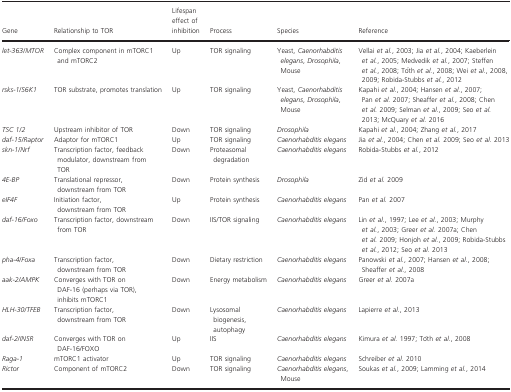
<table><thead><tr><td><b>Gene</b></td><td><b>Relationship to TOR</b></td><td><b>Lifespan effect of inhibition</b></td><td><b>Process</b></td><td><b>Species</b></td><td><b>Reference</b></td></tr></thead><tbody><tr><td><i>let‐363</i>/<i>MTOR</i></td><td>Complex component in mTORC1 and mTORC2</td><td>Up</td><td>TOR signaling</td><td>Yeast, <i>Caenorhabditis elegans</i>,<i> Drosophila</i>, Mouse</td><td>Vellai <i>et al</i>., 2003; Jia <i>et al</i>., 2004; Kaeberlein <i>et al</i>., 2005; Medvedik <i>et al</i>., 2007; Steffen <i>et al</i>., 2008; Tóth <i>et al</i>., 2008; Wei <i>et al</i>., 2008, 2009; Robida‐Stubbs <i>et al</i>., 2012</td></tr><tr><td><i>rsks‐1</i>/<i>S6K1</i></td><td>TOR substrate, promotes translation</td><td>Up</td><td>TOR signaling</td><td>Yeast, <i>Caenorhabditis elegans</i>,<i> Drosophila</i>, Mouse</td><td>Kapahi <i>et al</i>., 2004; Hansen <i>et al</i>., 2007; Pan <i>et al</i>. 2007; Sheaffer <i>et al</i>., 2008; Chen <i>et al</i>. 2009; Selman <i>et al</i>., 2009; Seo <i>et al</i>. 2013; McQuary <i>et al</i>. 2016</td></tr><tr><td><i>TSC 1</i>/<i>2</i></td><td>Upstream inhibitor of TOR</td><td>Down</td><td>TOR signaling</td><td><i>Drosophila</i></td><td>Kapahi <i>et al</i>., 2004; Zhang <i>et al</i>., 2017</td></tr><tr><td><i>daf‐15</i>/<i>Raptor</i></td><td>Adaptor for mTORC1</td><td>Up</td><td>TOR signaling</td><td><i>Caenorhabditis elegans</i></td><td>Jia <i>et al</i>., 2004; Chen <i>et al</i>. 2009; Seo <i>et al</i>. 2013</td></tr><tr><td><i>skn‐1</i>/<i>Nrf</i></td><td>Transcription factor, feedback modulator, downstream from TOR</td><td>Down</td><td>Proteasomal degradation</td><td><i>Caenorhabditis elegans</i></td><td>Robida‐Stubbs <i>et al</i>., 2012</td></tr><tr><td><i>4E‐BP</i></td><td>Translational repressor, downstream from TOR</td><td>Down</td><td>Protein synthesis</td><td><i>Drosophila</i></td><td>Zid <i>et al</i>. 2009</td></tr><tr><td><i>eIF4F</i></td><td>Initiation factor, downstream from TOR</td><td>Up</td><td>Protein synthesis</td><td><i>Caenorhabditis elegans</i></td><td>Pan <i>et al</i>. 2007</td></tr><tr><td><i>daf‐16</i>/<i>Foxo</i></td><td>Transcription factor, downstream from TOR</td><td>Down</td><td>IIS/TOR signaling</td><td><i>Caenorhabditis elegans</i></td><td>Lin <i>et al</i>., 1997; Lee <i>et al</i>., 2003; Murphy <i>et al</i>., 2003; Greer <i>et al</i>. 2007a; Chen <i>et al</i>. 2009; Honjoh <i>et al</i>., 2009; Robida‐Stubbs <i>et al</i>., 2012; Seo <i>et al</i>. 2013</td></tr><tr><td><i>pha‐4</i>/<i>Foxa</i></td><td>Transcription factor, downstream from TOR</td><td>Down</td><td>Dietary restriction</td><td><i>Caenorhabditis elegans</i></td><td>Panowski <i>et al</i>., 2007; Hansen <i>et al</i>., 2008; Sheaffer <i>et al</i>., 2008</td></tr><tr><td><i>aak‐2</i>/<i>AMPK</i></td><td>Converges with TOR on DAF‐16 (perhaps via TOR), inhibits mTORC1</td><td>Down</td><td>Energy metabolism</td><td><i>Caenorhabditis elegans</i></td><td>Greer <i>et al</i>. 2007a</td></tr><tr><td><i>HLH‐30</i>/<i>TFEB</i></td><td>Transcription factor, downstream from TOR</td><td>Down</td><td>Lysosomal biogenesis, autophagy</td><td><i>Caenorhabditis elegans</i></td><td>Lapierre <i>et al</i>., 2013</td></tr><tr><td><i>daf‐2</i>/<i>INSR</i></td><td>Converges with TOR on DAF‐16/FOXO</td><td>Up</td><td>IIS</td><td><i>Caenorhabditis elegans</i></td><td>Kimura <i>et al</i>. 1997; Tóth <i>et al</i>., 2008</td></tr><tr><td><i>Raga‐1</i></td><td>mTORC1 activator</td><td>Up</td><td>TOR signaling</td><td><i>Caenorhabditis elegans</i></td><td>Schreiber <i>et al</i>. 2010</td></tr><tr><td><i>Rictor</i></td><td>Component of mTORC2</td><td>Down</td><td>TOR signaling</td><td><i>Caenorhabditis elegans</i>, Mouse</td><td>Soukas <i>et al</i>., 2009; Lamming <i>et al</i>., 2014</td></tr></tbody></table>